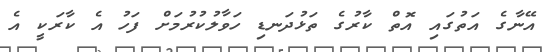
އޭނާގެ އަތުގައި އޮތް ކާރުގެ ތަޅުދަނޑި ހަވާލުކުރުމަށް ފަހު އެ ކާރަކީ އެ